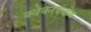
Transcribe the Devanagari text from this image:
क्वेकरपंथीय